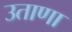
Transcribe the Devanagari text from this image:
उताणा